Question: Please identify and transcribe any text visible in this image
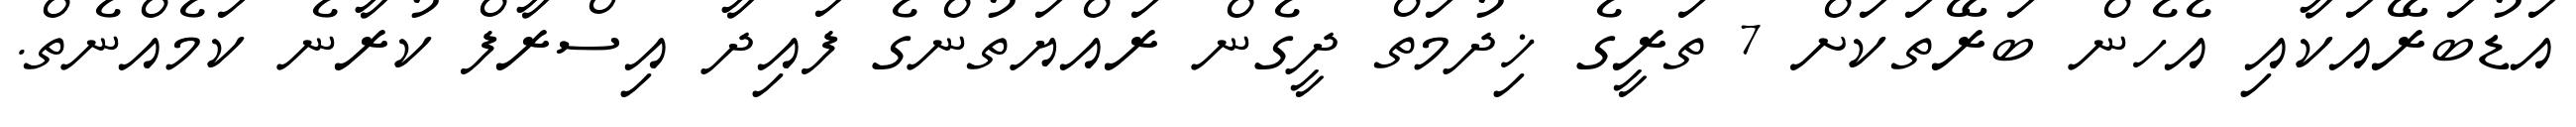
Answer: އަޑުބަރޭއަކާއި އެހެން ބަރޭތަކަށް 7 ތަރީގެ ޚިދުމަތް ދީގެން ރައްޔަތުންގެ ފައިދާ އިސްރާފް ކުރާނެ ކަމެއްނެތް.